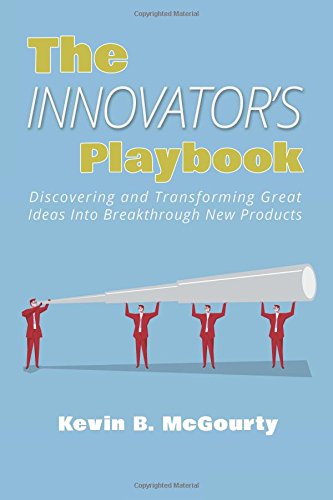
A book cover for The Innovator's Playbook: Discovering and Transforming Great Ideas Into Breakthrough New Products; Kevin B. McGourty; Business & Money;